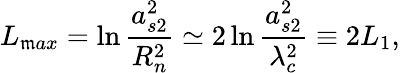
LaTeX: L_{\mathfrak{m}ax}=\ln\frac{{a_{s2}^{2}}}{{R_{n}^{2}}}\simeq2\ln\frac{{a_{s2}^{2}}}{{\lambda_{c}^{2}}}\equiv2L_{1},